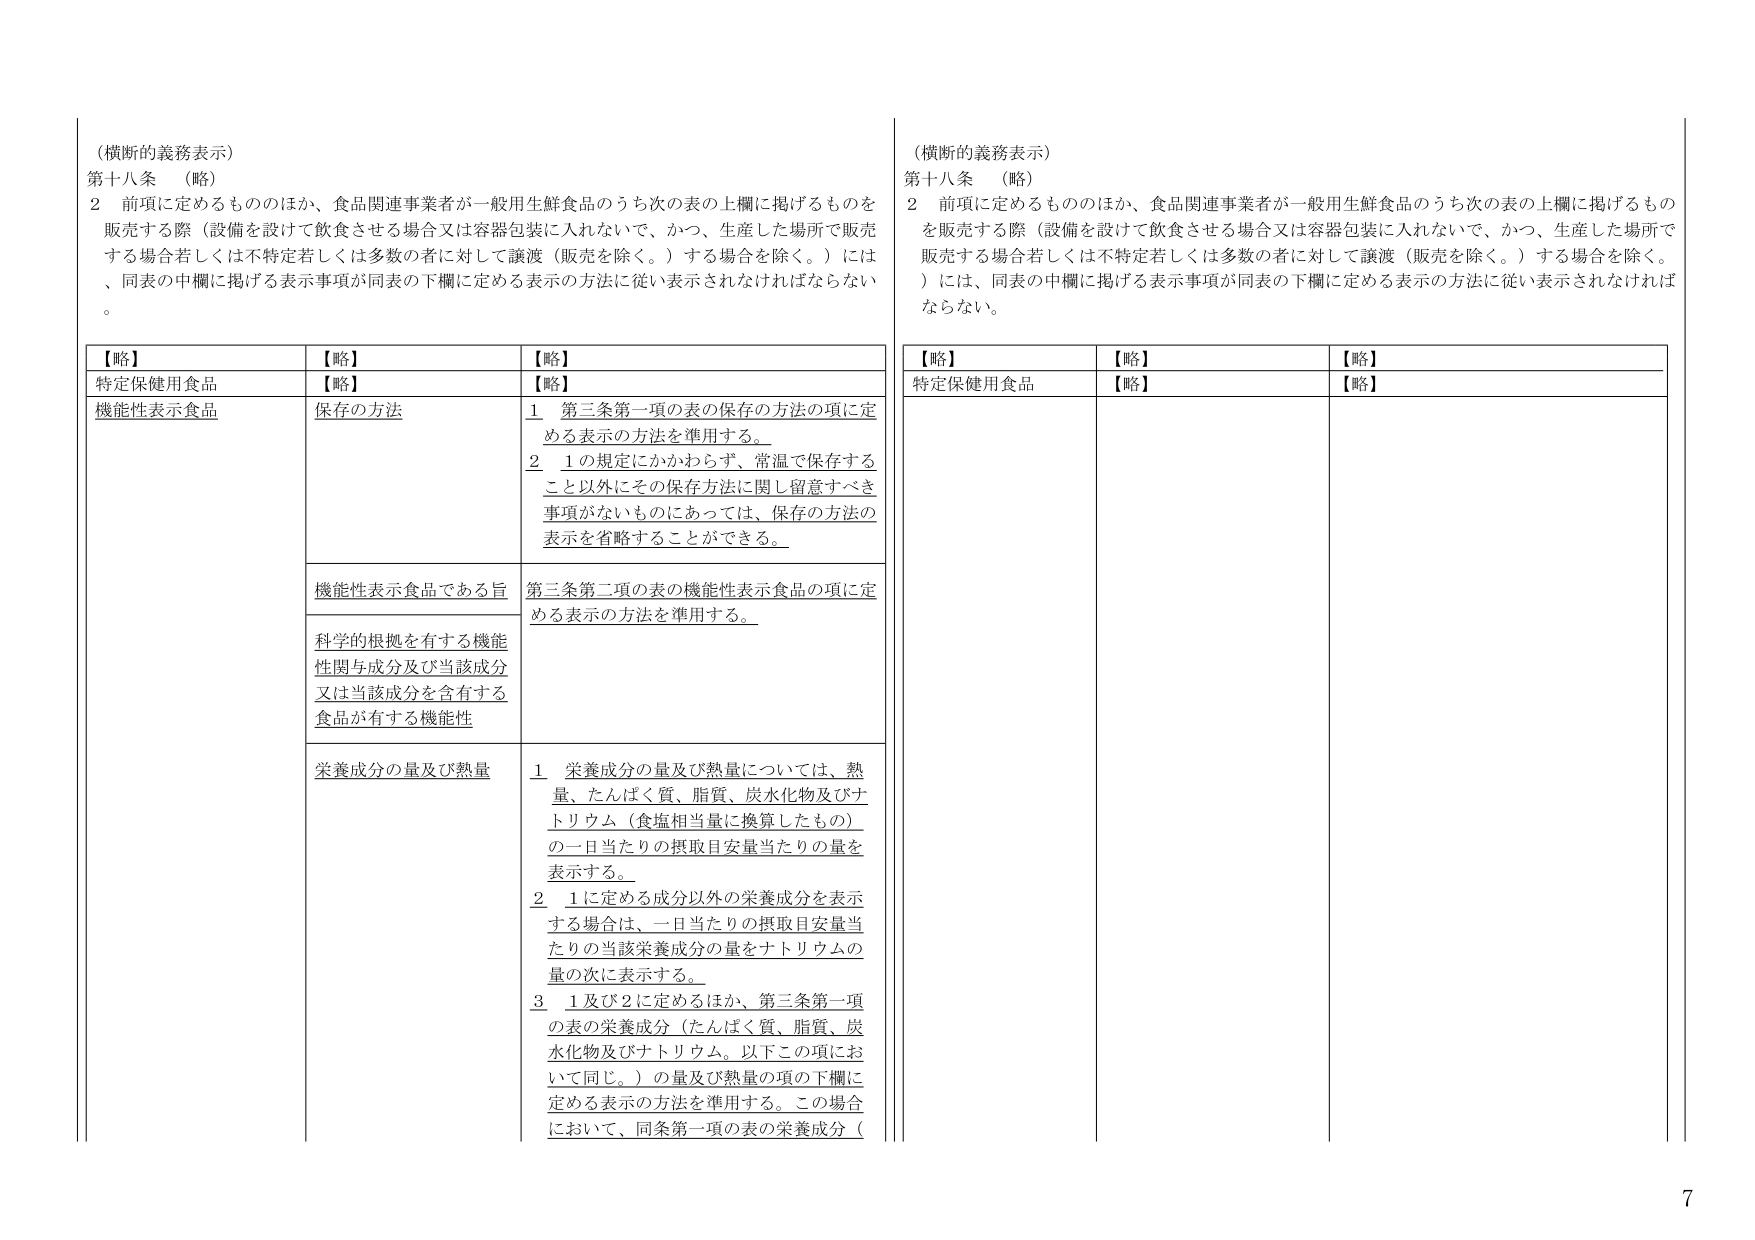
（横断的義務表示）
第十八条 （略）
２ 前項に定めるもののほか、食品関連事業者が一般用生鮮食品のうち次の表の上欄に掲げるものを販売する際（設備を設けて飲食させる場合又は容器包装に入れないで、かつ、生産した場所で販売する場合若しくは不特定若しくは多数の者に対して譲渡（販売を除く。）する場合を除く。）には、同表の中欄に掲げる表示事項が同表の下欄に定める表示の方法に従い表示されなければならない。

【略】
【略】
【略】
特定保健用食品
【略】
【略】
機能性表示食品
保存の方法
１ 第三条第一項の表の保存の方法の項に定める表示の方法を準用する。
２ １の規定にかかわらず、常温で保存すること以外にその保存方法に関し留意すべき事項がないものにあっては、保存の方法の表示を省略することができる。
機能性表示食品である旨
第三条第二項の表の機能性表示食品の項に定める表示の方法を準用する。
科学的根拠を有する機能性関与成分及び当該成分又は当該成分を含有する食品が有する機能性
栄養成分の量及び熱量
１ 栄養成分の量及び熱量については、熱量、たんぱく質、脂質、炭水化物及びナトリウム（食塩相当量に換算したもの）の一日当たりの摂取目安量当たりの量を表示する。
２ １に定める成分以外の栄養成分を表示する場合は、一日当たりの摂取目安量当たりの当該栄養成分の量をナトリウムの量の次に表示する。
３ １及び２に定めるほか、第三条第一項の表の栄養成分（たんぱく質、脂質、炭水化物及びナトリウム。以下この項において同じ。）の量及び熱量の項の下欄に定める表示の方法を準用する。この場合において、同条第一項の表の栄養成分（

（横断的義務表示）
第十八条 （略）
２ 前項に定めるもののほか、食品関連事業者が一般用生鮮食品のうち次の表の上欄に掲げるものを販売する際（設備を設けて飲食させる場合又は容器包装に入れないで、かつ、生産した場所で販売する場合若しくは不特定若しくは多数の者に対して譲渡（販売を除く。）する場合を除く。）には、同表の中欄に掲げる表示事項が同表の下欄に定める表示の方法に従い表示されなければならない。

【略】
【略】
【略】
特定保健用食品
【略】
【略】

7